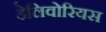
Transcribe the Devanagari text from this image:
डेलिवोरियस